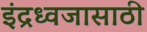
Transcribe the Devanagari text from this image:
इंद्रध्वजासाठी